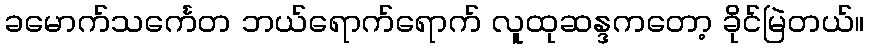
ခမောက်သင်္ကေတ ဘယ်ရောက်ရောက် လူထုဆန္ဒကတော့ ခိုင်မြဲတယ်။